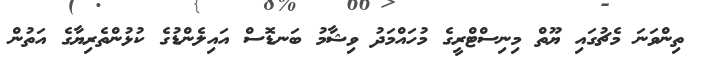
ތިންވަނަ މެޗުގައި ޔޫތް މިނިސްޓްރީގެ މުހައްމަދު ވިޝާމު ބަނޑޮސް އައިލެންޑުގެ ކުޅުންތެރިޔާގެ އަތުން